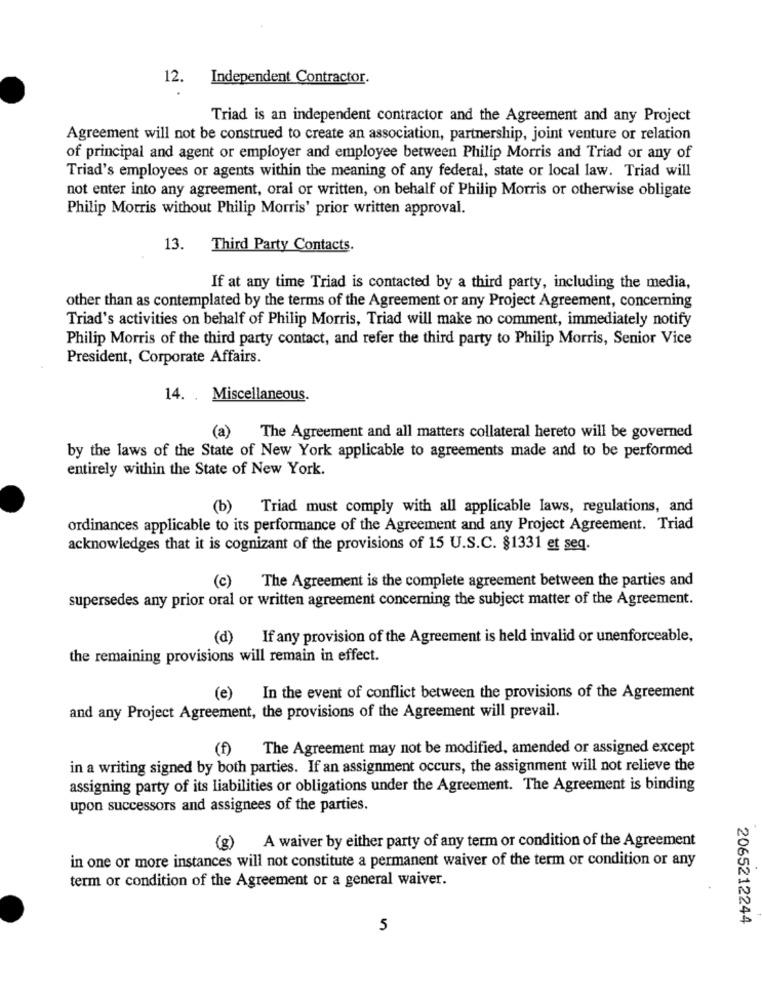
12. Independent Contractor.
Triad is an independent contractor and the Agreement and any Project
Agreement will not be construed to create an association, partnership, joint venture or relation
of principal and agent or employer and employee between Philip Morris and Triad or any of
Triad's employees or agents within the meaning of any federal, state or local law. Triad will
not enter into any agreement, oral or written, on behalf of Philip Morris or otherwise obligate
Philip Morris without Philip Morris' prior written approval.
13. Third Party Contacts.
If at any time Triad is contacted by a third party, including the media,
other than as contemplated by the terms of the Agreement or any Project Agreement, concerning
Triad's activities on behalf of Philip Morris, Triad will make no comment, immediately notify
Philip Morris of the third party contact, and refer the third party to Philip Morris, Senior Vice
President, Corporate Affairs.
14. . Miscellaneous.
(a)
The Agreement and all matters collateral hereto will be governed
by the laws of the State of New York applicable to agreements made and to be performed
entirely within the State of New York.
(b)
Triad must comply with all applicable laws, regulations, and
ordinances applicable to its performance of the Agreement and any Project Agreement. Triad
acknowledges that it is cognizant of the provisions of 15 U.S.C. §1331 et seq.
(c)
The Agreement is the complete agreement between the parties and
supersedes any prior oral or written agreement concerning the subject matter of the Agreement.
(d) If any provision of the Agreement is held invalid or unenforceable,
the remaining provisions will remain in effect.
(e) In the event of conflict between the provisions of the Agreement
and any Project Agreement, the provisions of the Agreement will prevail.
(f)
The Agreement may not be modified, amended or assigned except
in a writing signed by both parties. If an assignment occurs, the assignment will not relieve the
assigning party of its liabilities or obligations under the Agreement. The Agreement is binding
upon successors and assignees of the parties.
(g) A waiver by either party of any term or condition of the Agreement
in one or more instances will not constitute a permanent waiver of the term or condition or any
term or condition of the Agreement or a general waiver.
2065212244
5